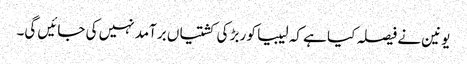
یونین نے فیصلہ کیا ہے کہ لیبیا کو ربڑ کی کشتیاں برآمد نہیں کی جائیں گی۔